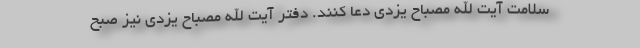
سلامت آیت الله مصباح یزدی دعا کنند. دفتر آیت الله مصباح یزدی نیز صبح